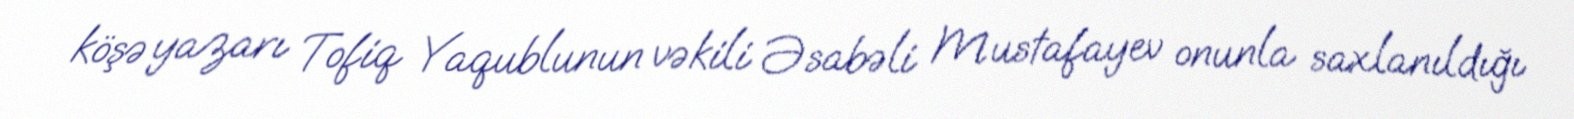
köşə yazarı Tofiq Yaqublunun vəkili Əsabəli Mustafayev onunla saxlanıldığı